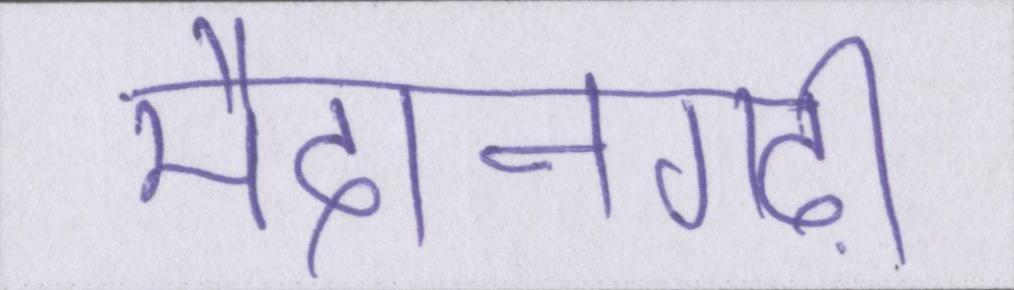
मैदानगढ़ी